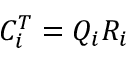
C _ { i } ^ { T } = Q _ { i } R _ { i }